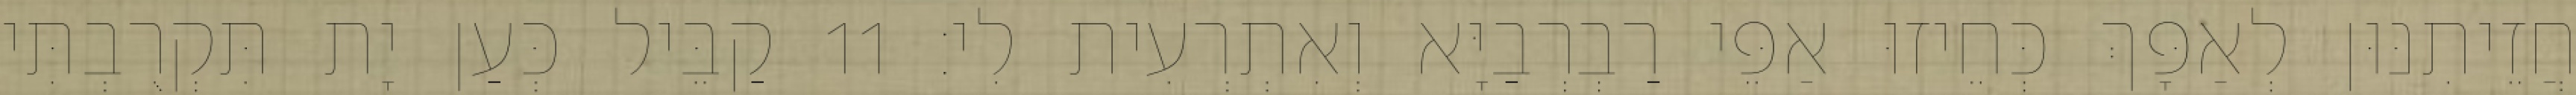
חֲזֵיתִנּוּן לְאַפָּךְ כְּחֵיזוּ אַפֵּי רַבְרְבַיָּא וְאִתְרְעִית לִי׃ 11 קַבֵּיל כְּעַן יָת תִּקְרֻבְתִּי